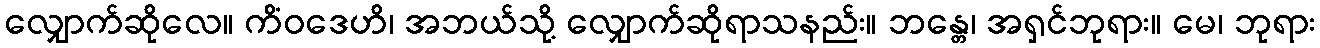
လျှောက်ဆိုလေ။ ကိံဝဒေဟိ၊ အဘယ်သို့ လျှောက်ဆိုရာသနည်း။ ဘန္တေ၊ အရှင်ဘုရား။ မေ၊ ဘုရား